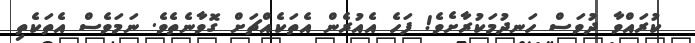
ކުރައްވާ ދުވަސް ހަނދުމަކުރާށެވެ! ފަހެ އެއުރެން އެތަކެއްޗަށް ގޮވާނެތެވެ. ނަމަވެސް އެތަކެތި